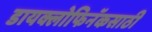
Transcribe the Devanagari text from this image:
डायक्लोफिनॅकसाठी